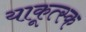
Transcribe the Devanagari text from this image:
याकूत्स्क